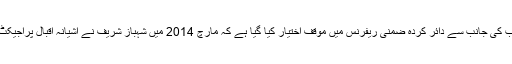
جسمیں شہباز شریف،فواد حسن فواد، احد چیمہ نامزد کر دیئےگئے، نیب کی جانب سے دائر کردہ ضمنی ریفرنس میں موقف اختیار کیا گیا ہے کہ مارچ 2014 میں شہباز شریف نے آشیانہ اقبال پراجیکٹ کا دورہ کیا اور اکتوبر 2014 میں غیر قانونی احکامات جاری کیے۔